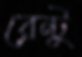
রেন্টু